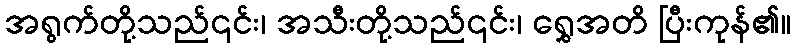
အရွက်တို့သည်၎င်း၊ အသီးတို့သည်၎င်း၊ ရွှေအတိ ပြီးကုန်၏။